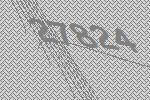
27824